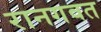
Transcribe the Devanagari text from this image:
रानगवत